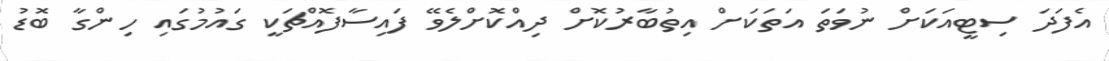
އެފަދަ ސިޓީއަކަށް ނުވަތަ އަތަކަށް އިތުބާރުކޮށް ދިއްކޮށްލެވޭ ފައިސާފޮއްޗަކީ ގައުމުގައި ހިންގާ ބޮޑު